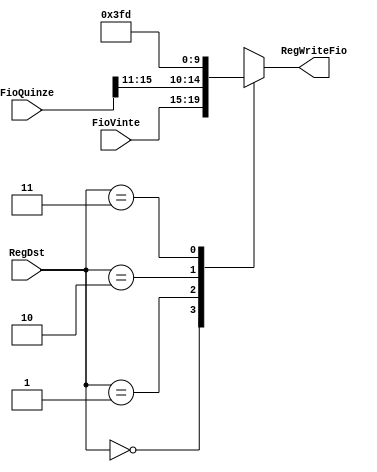
module MuxWriteR( input wire [1:0] RegDst, input wire [4:0] FioVinte, input wire [15:0] FioQuinze, output reg [4:0] RegWriteFio);
	
	
	always begin 
	
		case(RegDst)
			
			2'b00:
			begin
				RegWriteFio <= FioVinte;
			
			end	
		
			2'b01:
			begin
				RegWriteFio <= FioQuinze[15:11];
			
			end
		
			2'b10:
			begin
			//31
				RegWriteFio <= 5'b11111;
			
			end
		
			2'b11:
			begin
			//29
				RegWriteFio <= 5'b11101;
			
			end
		
		endcase

	end
		

endmodule